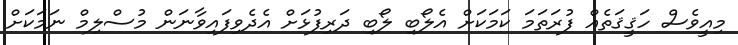
މިއީވެސް ހަޤީޤަތެއް ފުރަތަމަ ކަމަކަށް އެލޯބި ލޯބި ދަރިފުޅަށް އެދެވިފައިވާނަން މުސްލިމް ނަމަކަށް